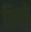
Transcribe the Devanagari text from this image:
बिचरे